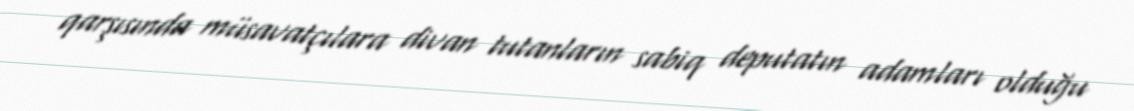
qarşısında müsavatçılara divan tutanların sabiq deputatın adamları olduğu